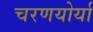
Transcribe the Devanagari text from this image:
चरणयोर्या